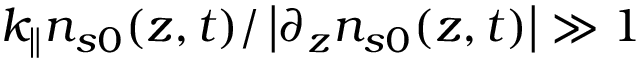
k _ { \parallel } n _ { s 0 } ( z , t ) / \left| \partial _ { z } n _ { s 0 } ( z , t ) \right| \gg 1